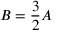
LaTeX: \ B = { \frac { 3 } { 2 } } A